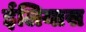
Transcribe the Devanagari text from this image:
ईलियास